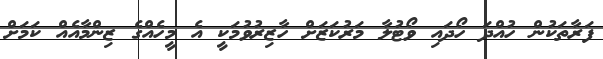
ފަރާތަކުން ހުއްދަ ހޯދައި ވޯޓުލާ މަރުކަޒަށް ހާޒިރުވުމަކީ އެ މީހެއްގެ ޒިންމާއެއް ކަމަށް